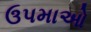
ઉપમાઓ